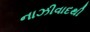
નાઝીવાદથી